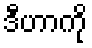
ဒီဟာကို